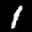
Label: 1